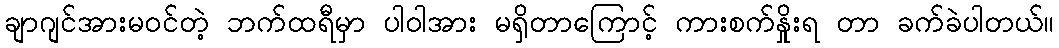
ချာဂျင်အားမဝင်တဲ့ ဘက်ထရီမှာ ပါဝါအား မရှိတာကြောင့် ကားစက်နှိုးရ တာ ခက်ခဲပါတယ်။